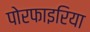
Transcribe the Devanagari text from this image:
पोरफाइरिया